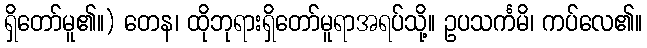
ရှိတော်မူ၏။) တေန၊ ထိုဘုရားရှိတော်မူရာအရပ်သို့။ ဥပသင်္ကမိ၊ ကပ်လေ၏။